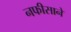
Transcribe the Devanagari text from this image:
नफीसाने